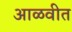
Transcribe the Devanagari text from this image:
आळवीत